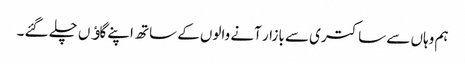
ہم وہاں سے ساکتری سے بازار آنے والوں کے ساتھ اپنے گاﺅں چلے گئے ۔